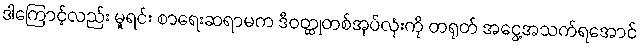
ဒါကြောင့်လည်း မူရင်း စာရေးဆရာမက ဒီဝတ္ထုတစ်အုပ်လုံးကို တရုတ် အငွေ့အသက်ရအောင်